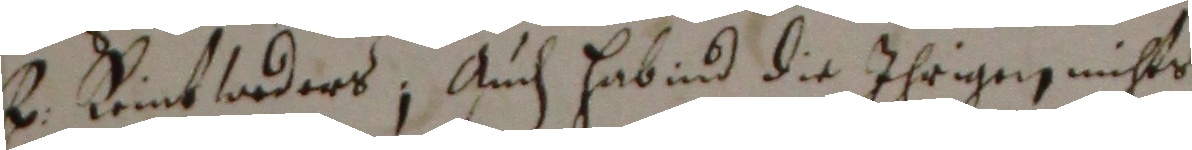
hr lemtladers, Auch habind die ihrigen nichts